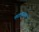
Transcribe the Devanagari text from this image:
फातमाचक